Annual report on the Civil Veterinary Department, Burma (including the Insein Veterinary School) - 1923-1931
Year: 1923
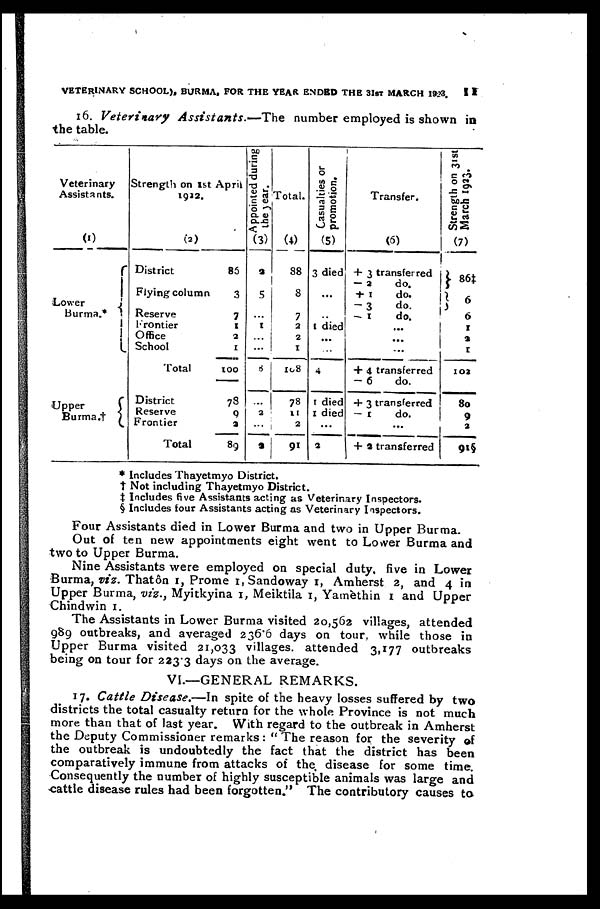
VETERINARY SCHOOL), BURMA. FOR THE YEAR ENDED THE 31ST MARCH 1923.
11
16. Veterinary
Assistants.—The
number employed is shown in
the table.
Veterinary
Assistants.
(1)
Lower
Burma.*
Upper
Burma.†
Strength on 1st
1922.
April
(2)
District
Flying column
Reserve
Frontier
Office
School
Total
District
Reserve
Frontier
Total
86
3
7
1
2
1
100
78
9
2
89
Appointed during
the year.
(3)
2
5
...
1
...
...
8
2
9
Total.
(4)
88
8
7
2
2
1
108
78
11
2
91
Casualties or
promotion.
(5)
3 died
...
..
1 died
...
...
4
1 died
1 died
...
2
Transfer.
(5)
+ 3 transfer red
— 2
do.
+ 1
do.
- 3
do.
- 1
do.
...
...
...
+ 4 transferred
- 6
do.
+3 transferred
— 1
do.
...
+ 2 transferred
Strength on 31st
March 1923.
(7)
86‡
6
6
I
2
1
102
80
9
2
91§
* Includes Thayetmyo District.
† Not including Thayetmyo District.
‡ Includes five Assistants acting as Veterinary Inspectors.
§ Includes four Assistants acting as Veterinary Inspectors.
Four Assistants died in Lower Burma and two in Upper Burma.
Out of ten new appointments eight went to Lower Burma and
two to Upper Burma.
Nine Assistants were employed on special duty, five in Lower
Burma, viz. Thatôn 1, Prome 1, Sandoway 1, Amherst 2, and 4 in
Upper Burma, viz., Myitkyina 1, Meiktila 1, Yamèthin 1 and Upper
Chindwin 1.
The Assistants in Lower Burma visited 20,562 villages, attended
989 outbreaks, and averaged 236.6 days on tour, while those in
Upper Burma visited 21,033 villages, attended 3,177 outbreaks
being on tour for 223.3 days on the average.
VI.—GENERAL REMARKS.
17. Cattle Disease.—In spite of the heavy losses suffered by two
districts the total casualty return for the whole Province is not much
more than that of last year. With regard to the outbreak in Amherst
the Deputy Commissioner remarks : " The reason for the severity of
the outbreak is undoubtedly the fact that the district has been
comparatively immune from attacks of the disease for some time.
Consequently the number of highly susceptible animals was large and
cattle disease rules had been forgotten." The contributory causes to